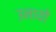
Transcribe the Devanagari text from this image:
उनायों